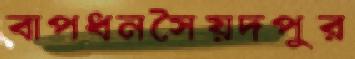
বাপধনসৈয়দপুর